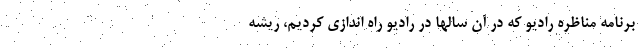
برنامه مناظره رادیو که در آن سالها در رادیو راه اندازی کردیم، ریشه